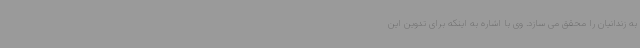
به زندانیان را محقق می سازد. وی با اشاره به اینکه برای تدوین این